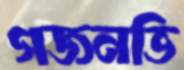
গজনভি